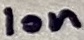
Text: 10n